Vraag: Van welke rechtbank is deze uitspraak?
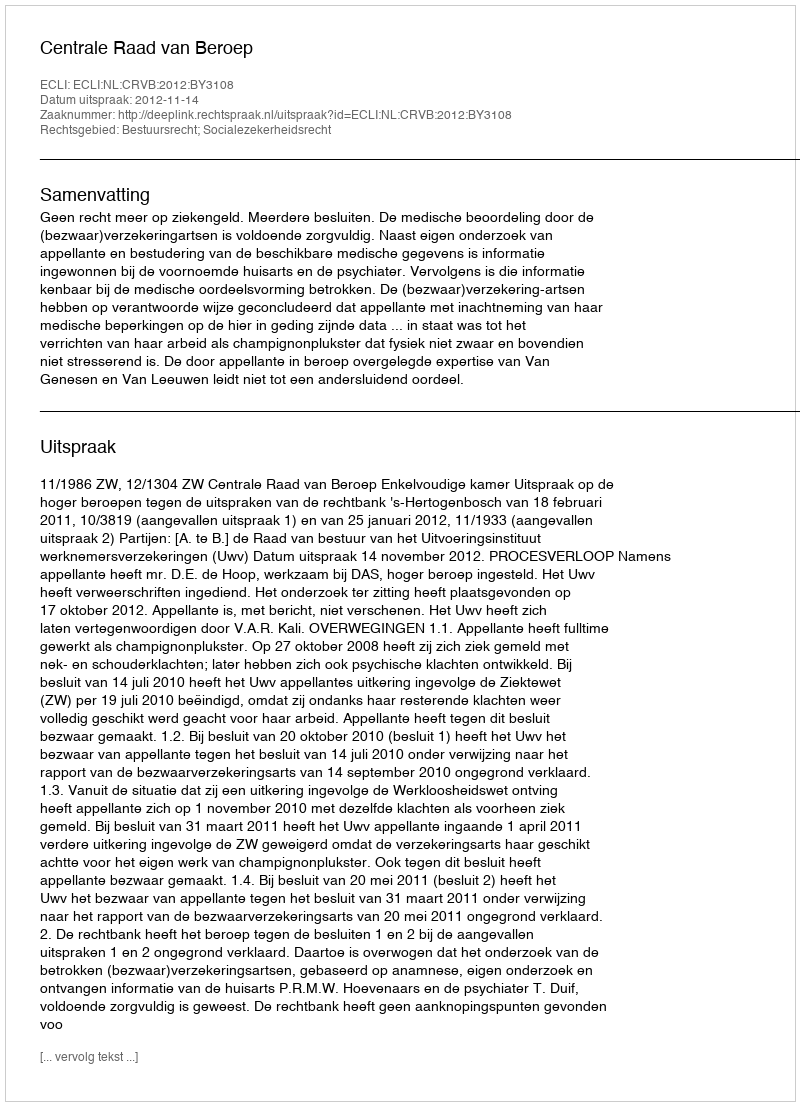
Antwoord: Centrale Raad van Beroep